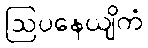
ဩပနေယျိကံ